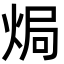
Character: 焗